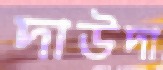
দাউদা